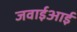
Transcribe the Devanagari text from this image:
जवाईआई